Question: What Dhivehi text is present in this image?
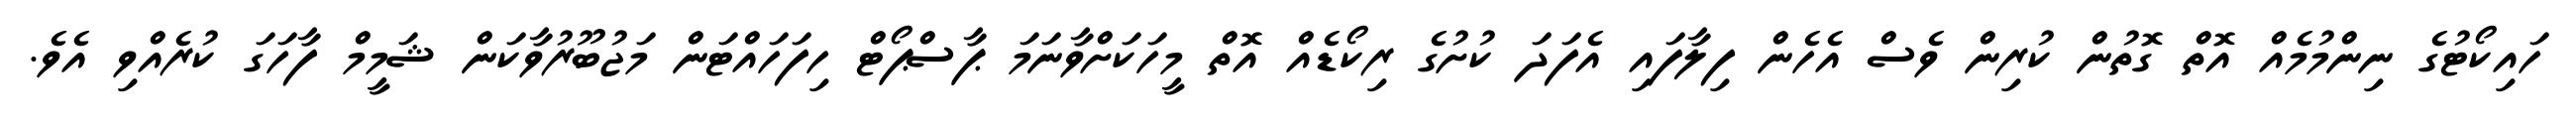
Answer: ހައިކޯޓުގެ ނިންމުމެއް އޮތް ގޮތުން ކުރިން ވެސް އެހެން ފިލާފައި އެފަދަ ކުށުގެ ރިކޯޑެއް އޮތް މީހަކަށްވާނަމަ ޕާސްޕޯޓް ހިފަހައްޓަން މަޖުބޫރުވާކަން ޝަމީމް ފާހަގަ ކުރެއްވި އެވެ.